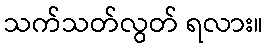
သက်သတ်လွတ် ရလား။